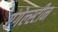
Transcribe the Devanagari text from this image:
एंगेल्स्टीन